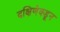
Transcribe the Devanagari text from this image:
दक्षिणेक्डून